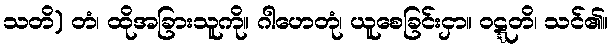
သတိ) တံ၊ ထိုအခြားသူကို။ ဂါဟေတုံ၊ ယူစေခြင်းငှာ။ ဝဋ္ဋတိ၊ သင်၏။